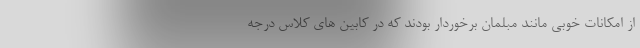
از امکانات خوبی مانند مبلمان برخوردار بودند که در کابین های کلاس درجه